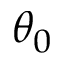
\theta _ { 0 }